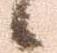
候